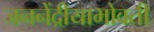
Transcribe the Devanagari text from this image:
जननेंद्रीयाभोवती